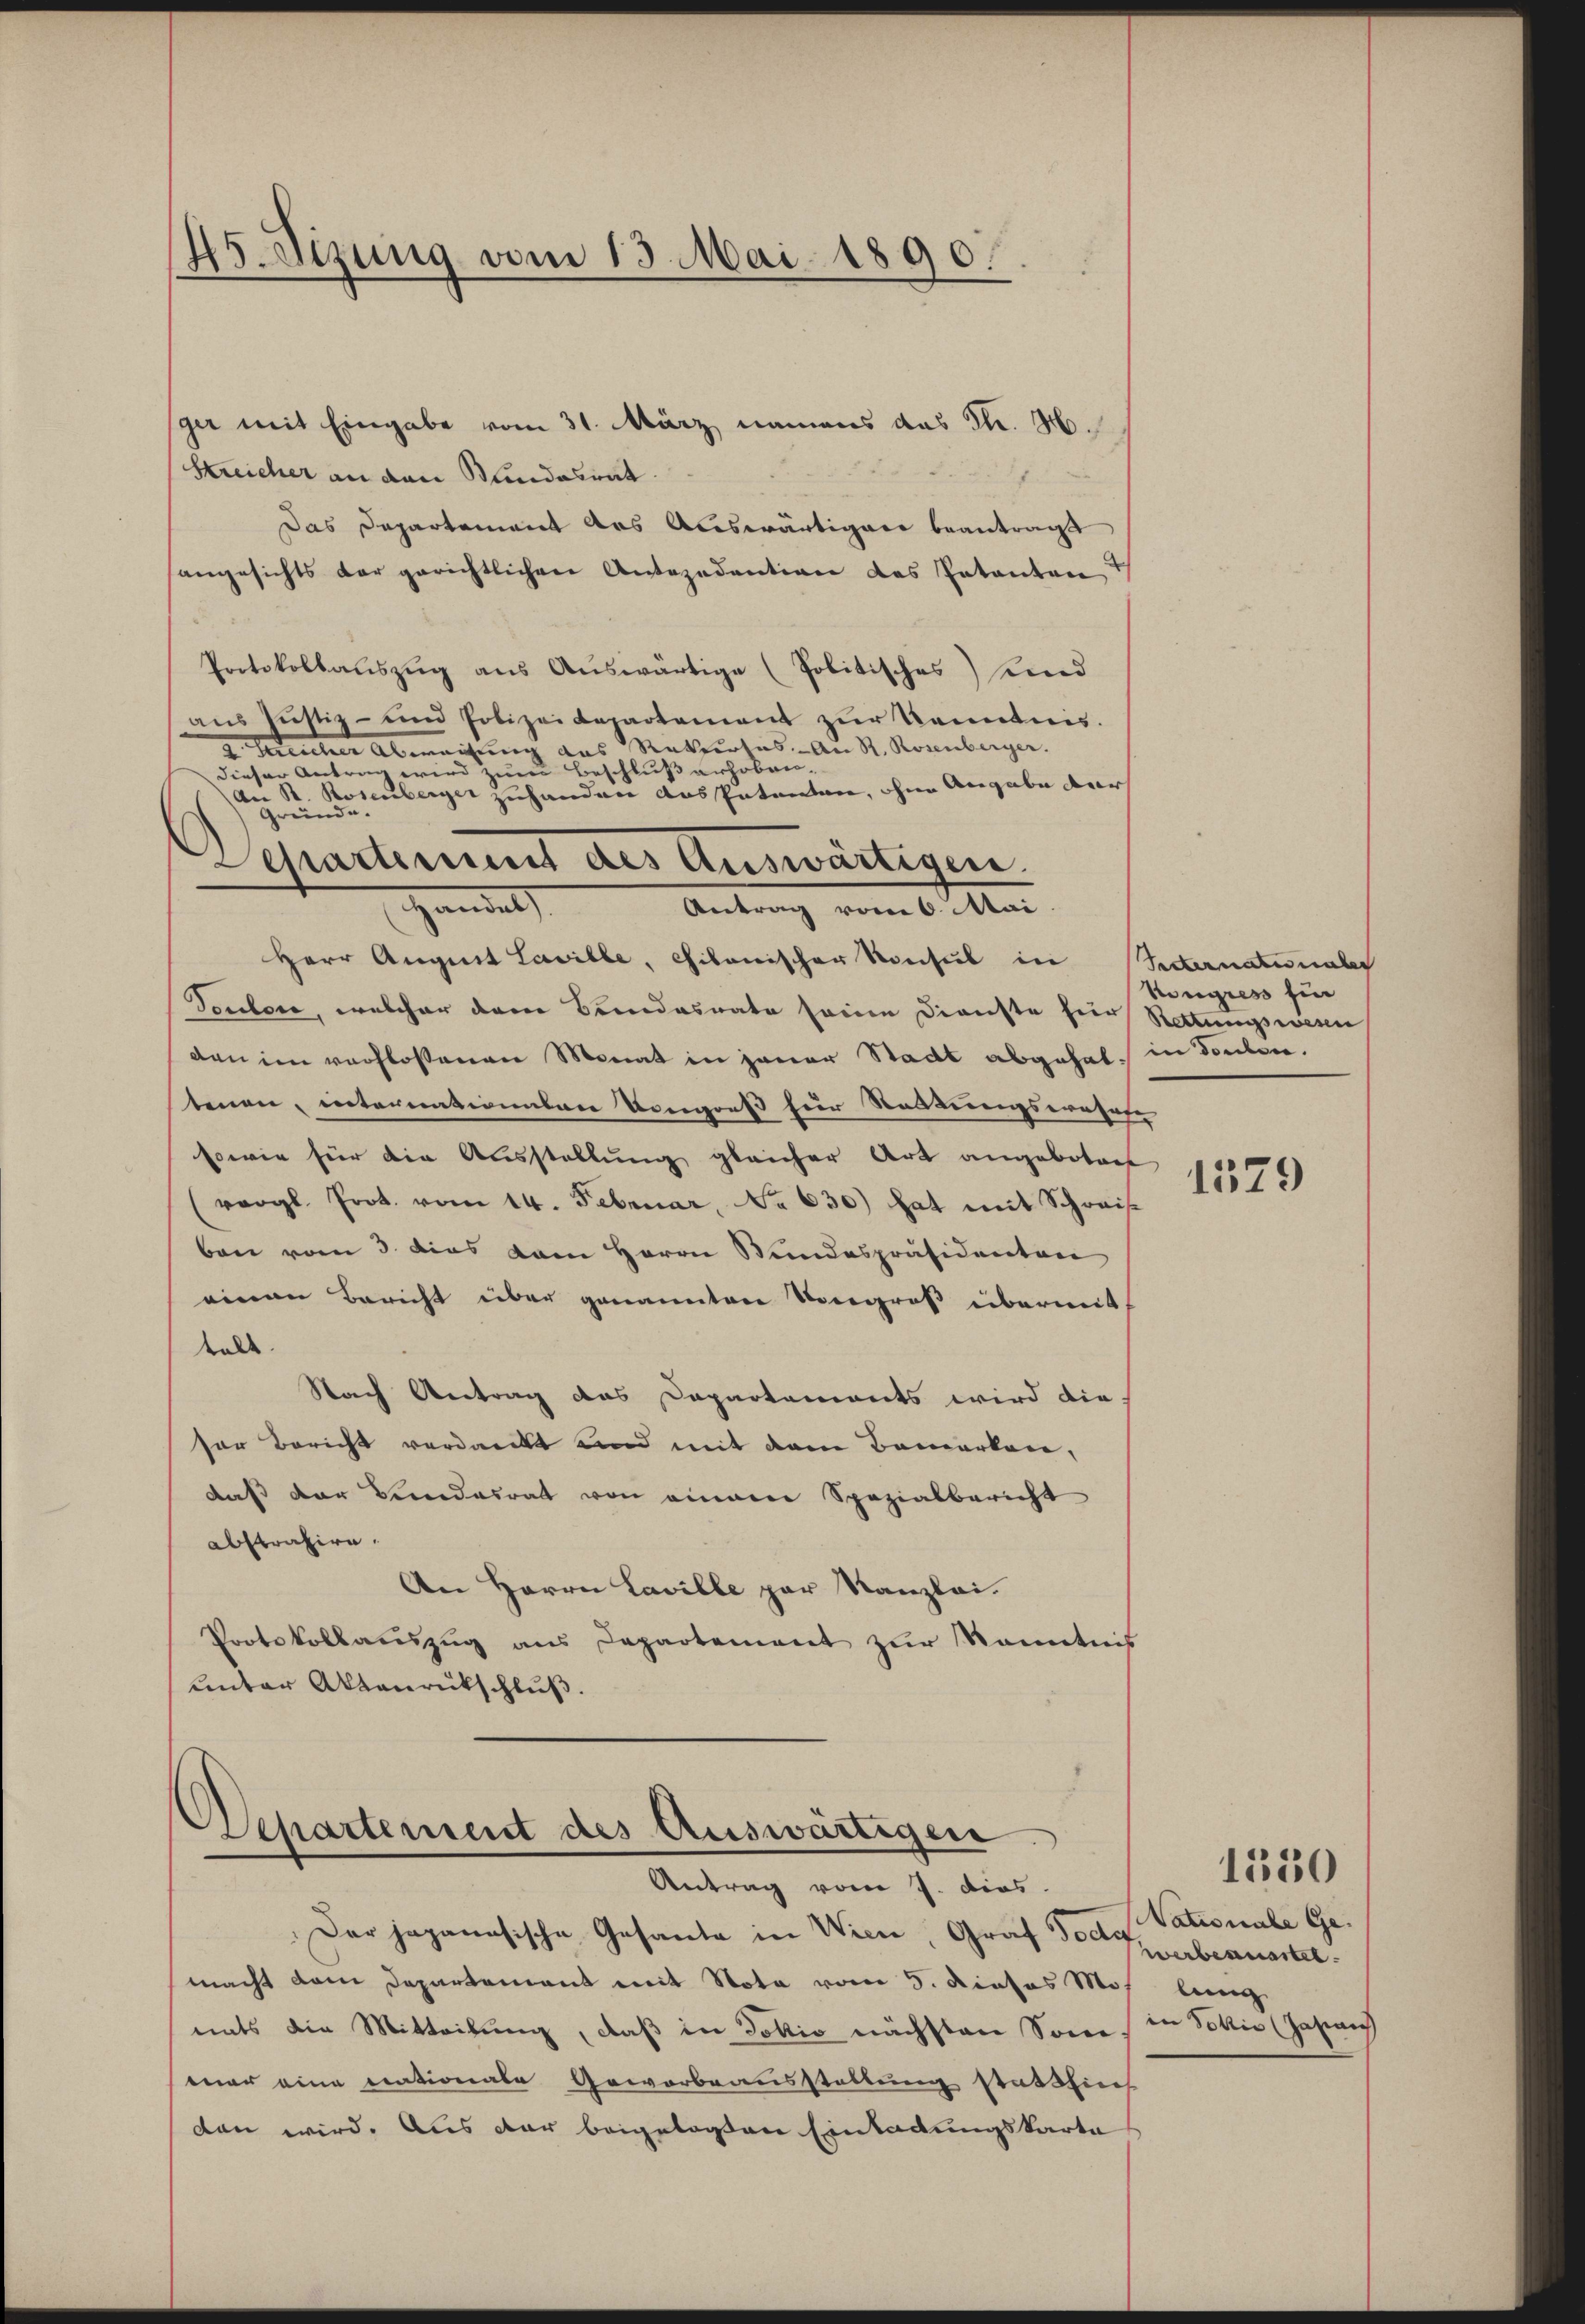
45. Sizung vom 13. Mai 1890.

ger mit Eingabe vom 31. März namens das K. H.
Kreicher an den Bundesrat
Das Departement das Auswärtiger beantragt
hangesichts der gerichtlichen Antezedention des Patanten
Protokollauszug aus Auswärtige (Politisches) und
ans Justiz- und Polizeidepartement zŭr Kenntnis.
a. Bericher Abweisung aus Rekurses. - An St. Romberger. |
dieser Antrag wird zum Beschluß erhoben
An R. Rosenberger zuhanden Ausspatenten, ohne Angabe dar
unde
Departiniums des Auswärtigen.
Handel
Herr August Laville, Chitonischer Konsul in Reternationales
Pectore, welcher dem Brendesrate seine Dienste für Rettungswien
den im verflossenen Monat in jener Stadt abgehalt in doulen.
tenen, internationalen Kongreß für Stadtungsratete
sowie für die Ausstellung gleicher Art angeboten
vergl. Prot. vom 14. Februar, No 630) hat mit Schweis
ben vom 3. das vom Herrn Wundespräsidenten
einen Bericht über genannten Vorgroß übermit
bale.
Nach Antrag das Dapartements wird die
für Bericht verdanckt und mit dem Bemerken,
daß der Bundesrat von einem Spezialbericht
abstrahire.
An Herrn Laville par Kanzlei.
Protokollauszug aus Departement zŭr Kenntnis
unter Aktenrückschluß.

Antrag vom 6. Mai

Departement des Auswärtigen.
Antrag vom 7. dies

Der Japanesische Gesante in Wien, Graf doch verberartet.
macht dem Departement mit Nota vom 5. Dieses Mos lang
nats die Mitteilung, daß in Jokić nächsten Son
mar eine nationale Gewerbeausstellung stattlich
den wird. Aus der beigelassen Einladungskarte

Kongress fin

1529

Vationale Gein Sohlis (Jahren

1550